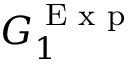
G _ { 1 } ^ { \textup { E x p } }